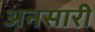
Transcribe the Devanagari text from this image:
अनसारी